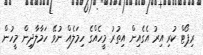
ރިޕޯޓް ކުރި އިރު އެގެއިން އިތުރު މީހެއްގެ ހިމަލެއް ނުވޭ ހަމާލާދިން މީހުން